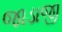
જાડાજી